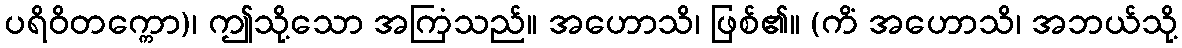
ပရိဝိတက္ကော)၊ ဤသို့သော အကြံသည်။ အဟောသိ၊ ဖြစ်၏။ (ကိံ အဟောသိ၊ အဘယ်သို့